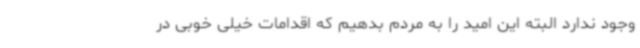
وجود ندارد البته این امید را به مردم بدهیم که اقدامات خیلی خوبی در